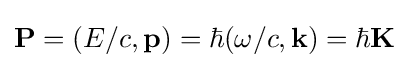
\mathbf {P} =(E/c,\mathbf {p} )=\hbar (\omega /c,\mathbf {k} )=\hbar \mathbf {K}